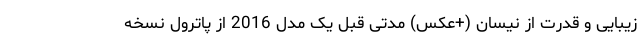
زیبایی و قدرت از نیسان (+عکس) مدتی قبل یک مدل 2016 از پاترول نسخه